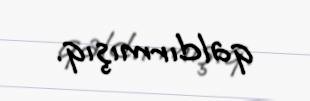
qaldırmışıq.